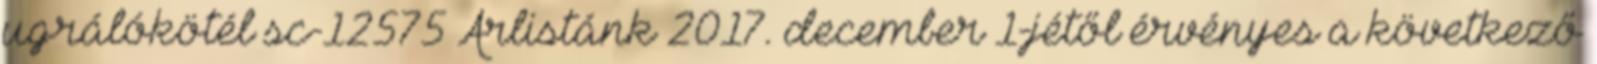
ugrálókötél sc-12575 Árlistánk 2017. december 1-jétől érvényes a következő